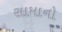
સામાનો